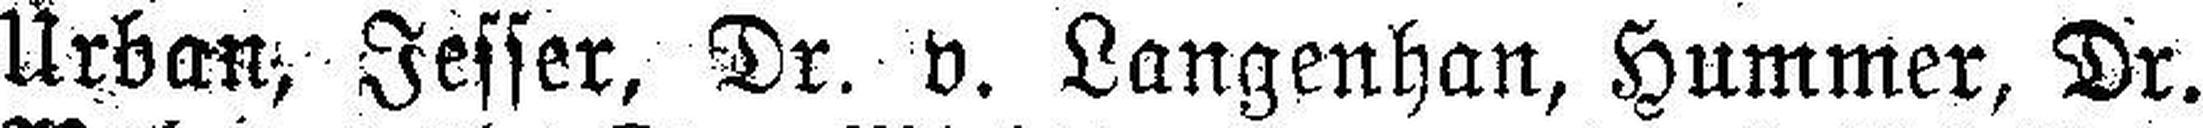
Urban, Jesser, Dr. v. Langenhan, Hummer, Dr.